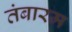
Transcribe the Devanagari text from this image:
तंबारम